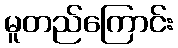
မူတည်ကြောင်း